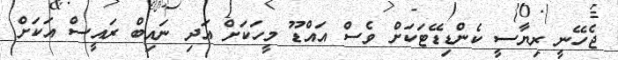
ޖެހޭނީ ރިޔާސީ ކެންޑިޑޭޓަކަށް ވެސް އައްޑޫ މީހަކަށް އަދި ނައިބް ރައީސް އަކަށް